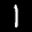
Label: 1